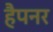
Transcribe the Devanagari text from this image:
हैपनर